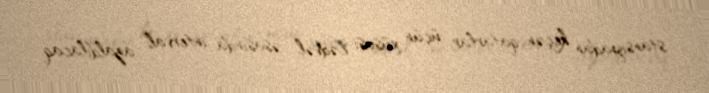
stansiyadan keçən qatarlar üçün xüsusi cədvəl əsasında interval azaldılacaq.